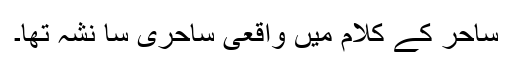
ساحر کے کلام میں واقعی ساحری سا نشہ تھا۔